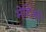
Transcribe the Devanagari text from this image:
मेटिओ